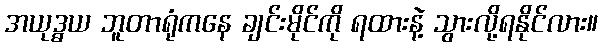
အယုဒ္ဓယ ဘူတာရုံကနေ ချင်းမိုင်ကို ရထားနဲ့ သွားလို့ရနိုင်လား။